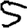
Digit: 5